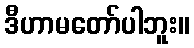
ဒီဟာမတော်ပါဘူး။